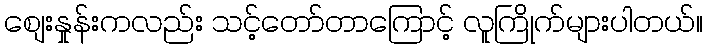
စျေးနှုန်းကလည်း သင့်တော်တာကြောင့် လူကြိုက်များပါတယ်။